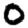
Digit: 0